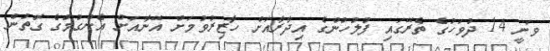
ވަނީ 14 ދުވަހުގެ ތެރޭގައި ފުލުހުންގެ އިދާރާއަށް ހާޒިރުވުމަށް އޭނާއަށް އެންގުމުގެ ގޮތުން